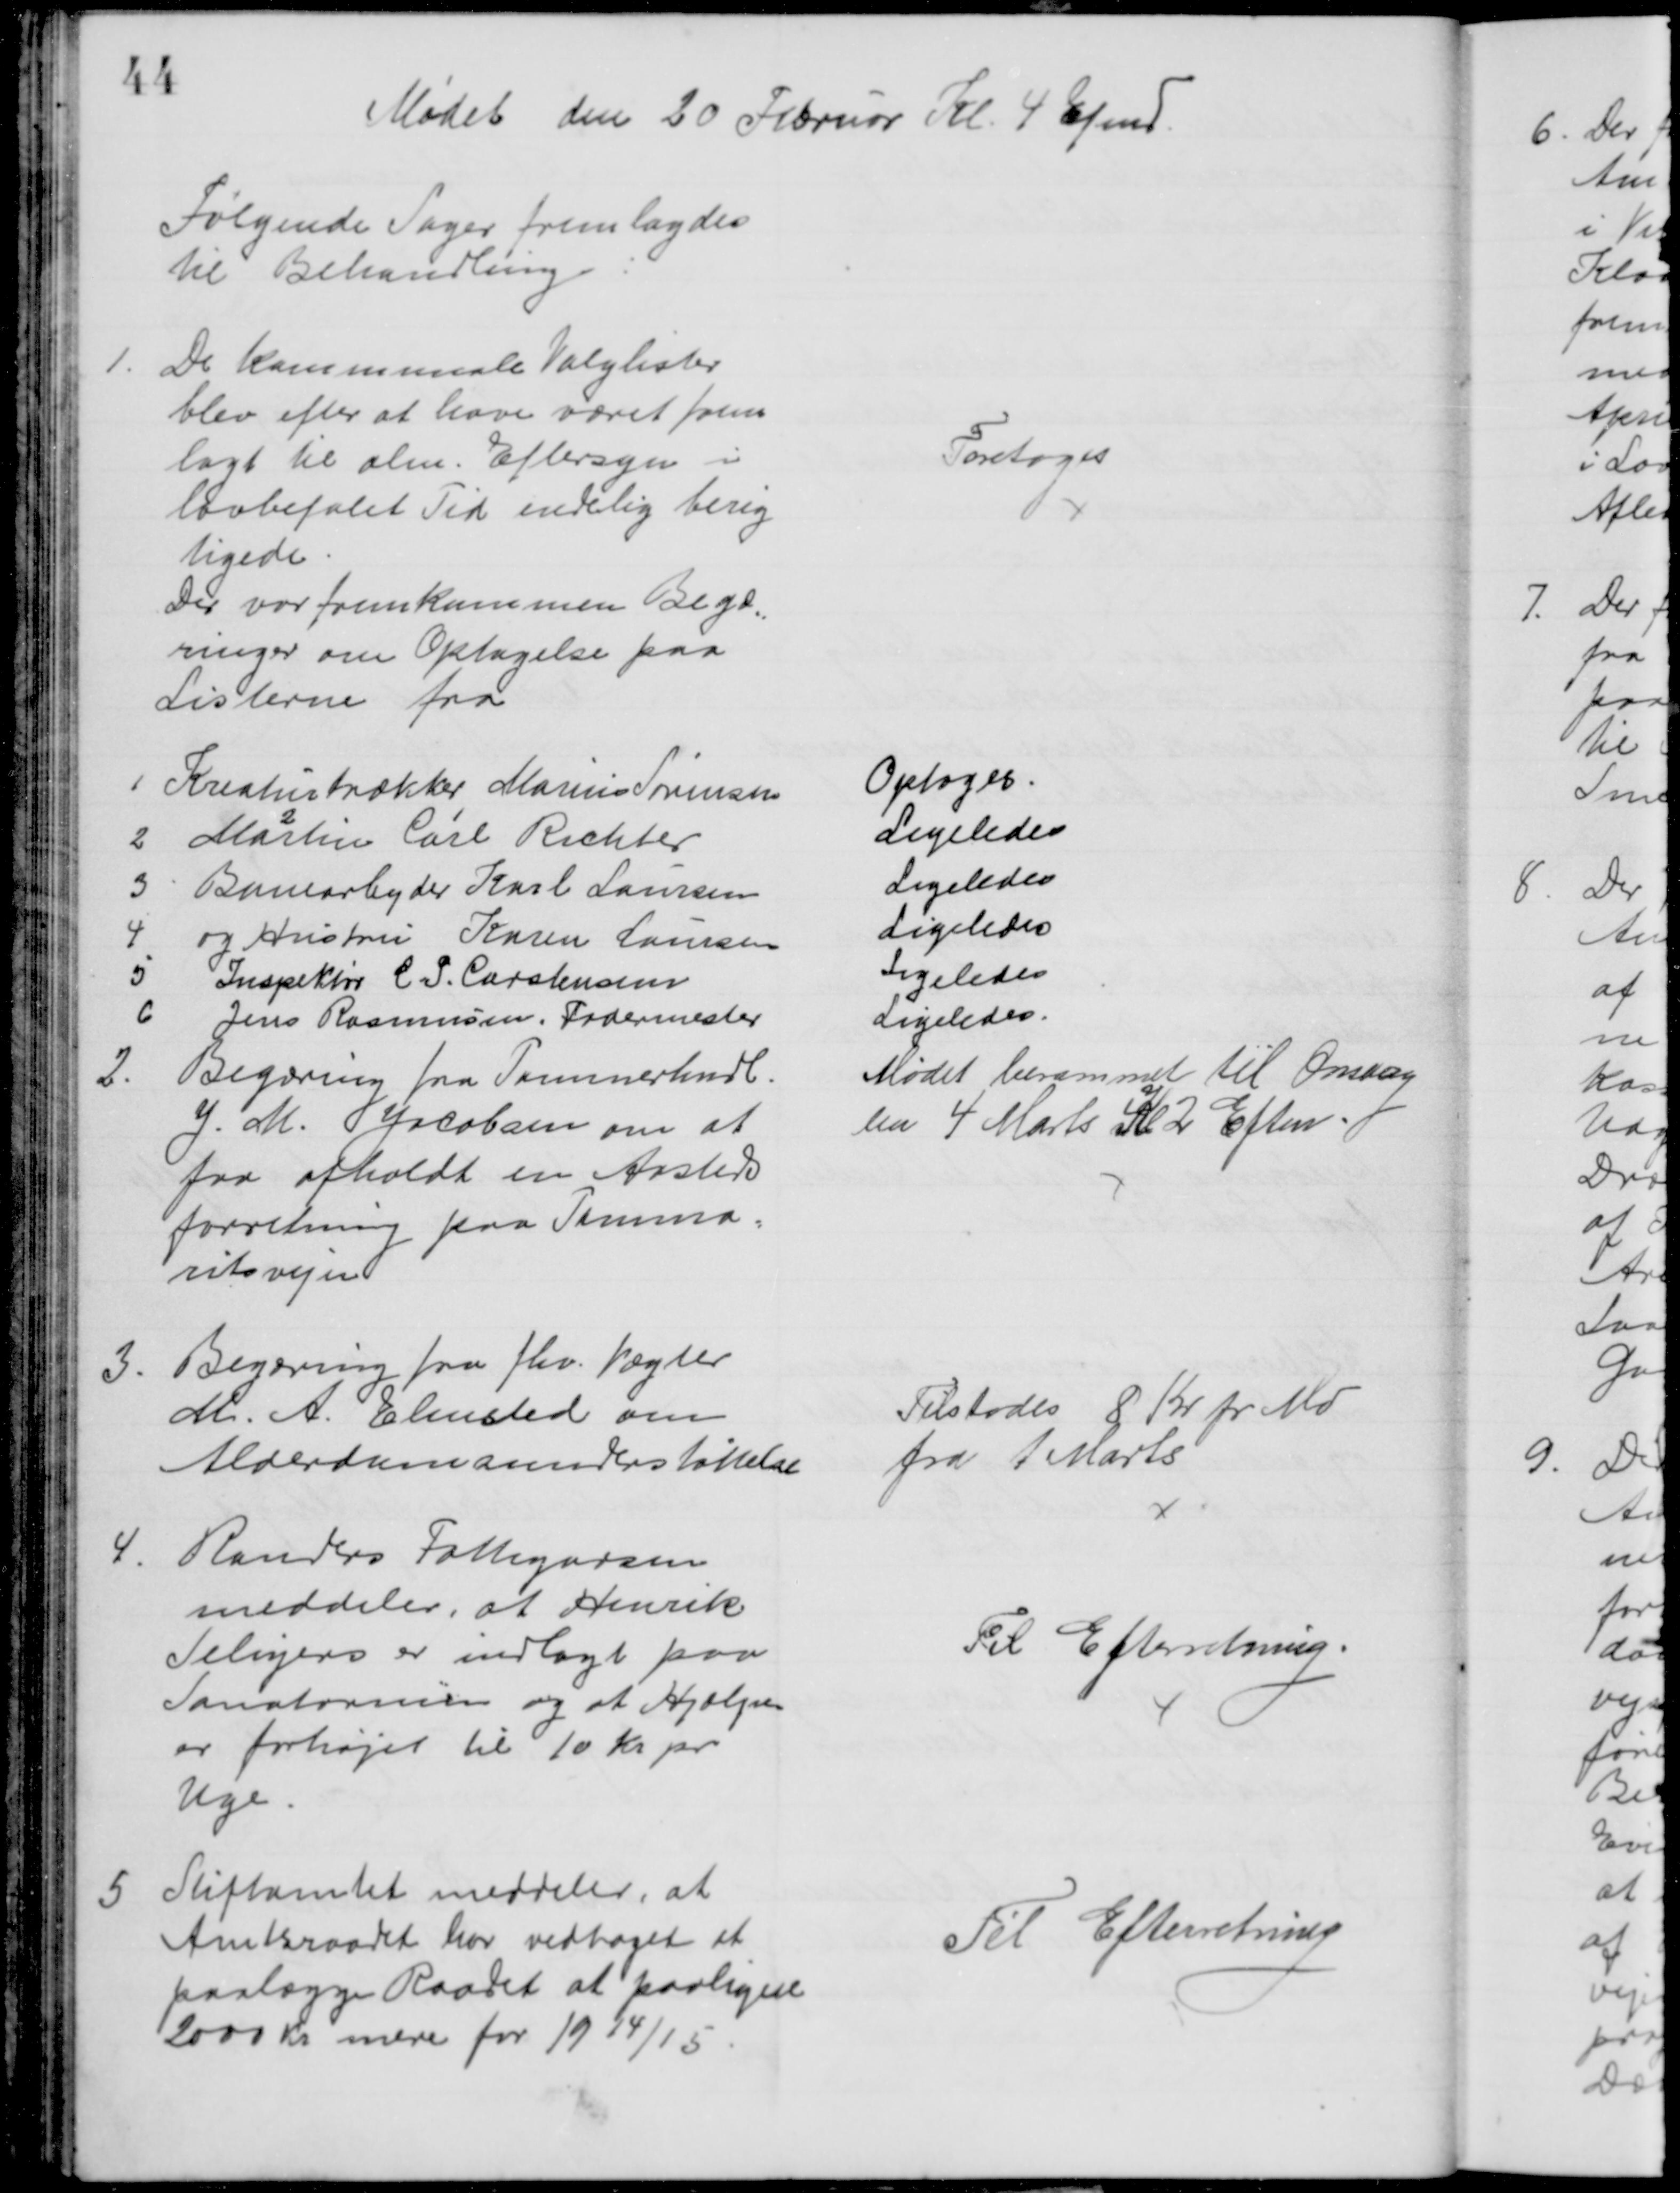
Transskription:
Mødet den 20 Februar Kl. 4 Efmd
Følgende Sager fremlagdes
til Behandling
1.
De kommunale Valglister
blev efter at have været frem
lagt til alm. Eftersyn i
lovbefalet Tid endelig berig
tigede
Foretoges
Der var fremkommen Begæ
=
ringer om Optagelse paa
Listerne fra
1
Kreaturtrækker Marius Sørensen
Optoges
2
Martin 
2
Carl 
1
Richter
Ligeledes
3
Banearbejder Karl Laursen
Ligeledes
4
og Hustru Karen Laursen
Ligeledes
5
Inspektør C. S. Carstensen
Ligeledes
6
Jens Rasmussen, Fodermester
Ligeledes
2.
Begæring fra Tømmerhndl.
J. M. Jacobsen om at
faa afholdt en Aasteds
forretning paa Tamma=
ritsvejen
Mødet berammet til Onsdag
den 4 Marts Kl. 2 Eftm
3.
Begæring fra fhv. Vægter
M. A. Elmsted om
Alderdomsunderstøttelse
Tilstodes 8 Kr pr Md
fra 1 Marts
4
Randers Fattigvæsen
meddeler, at Henrik
Seligers er indlagt paa
Sanatorium og at Hjælpen
er forhøjet til 10 Kr pr
Uge
Til Efterretning.
5
Stiftamtet meddeler, at
Amtsraadet har vedtaget at
paalægge Raadet at paaligne
2000 Kr mere for 1914/15
Til Efterretning